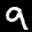
Label: 9